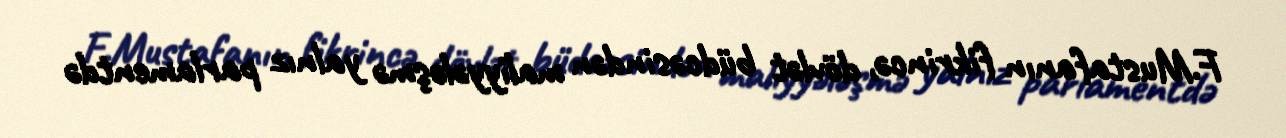
F.Mustafanın fikrincə, dövlət büdcəsindən maliyyələşmə yalnız parlamentdə